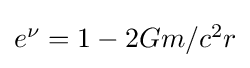
{\textstyle e^{\nu }=1-2Gm/c^{2}r}